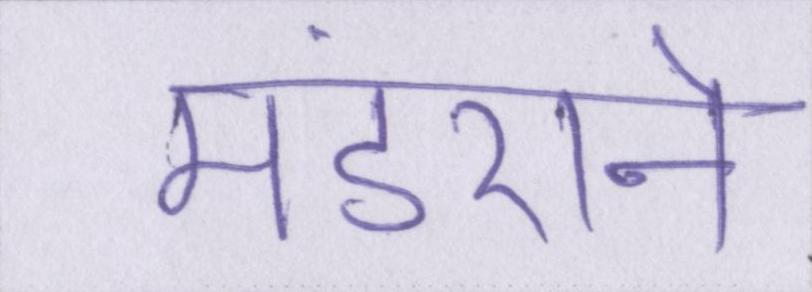
मंडराने